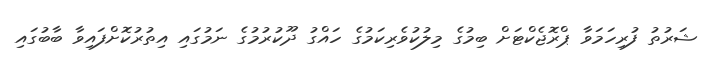
ޝަރުތު ފުރިހަމަވާ ޕްރޮޖެކްޓަށް ބިމުގެ މިލުކުވެރިކަމުގެ ހައްގު ދޫކުރުމުގެ ނަމުގައި އިތުރުކޮށްފައިވާ ބާބުގައި